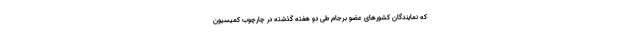
که نمایندگان کشورهای عضو برجام طی دو هفته گذشته در چارچوب کمیسیون